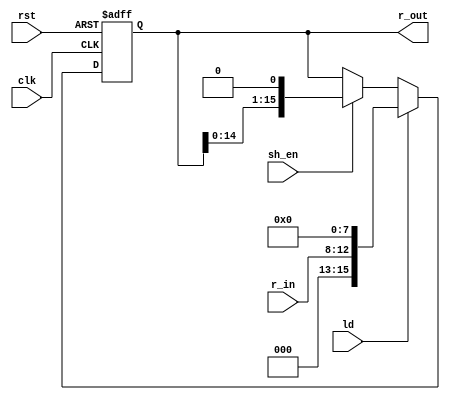
module ShiftRegisterII(input clk, rst, ld, sh_en, 
                      input [4:0] r_in, output reg [15:0] r_out);

	always@(posedge clk, posedge rst)begin
		if(rst == 1'b1)
			r_out <= 0;
		else if(ld == 1'b1)
			r_out <= {3'b0, r_in , 8'b0};
		else if (sh_en == 1'b1)
			r_out <= r_out << 1;
	end
    
 endmodule